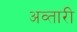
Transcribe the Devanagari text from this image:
अव्तारी